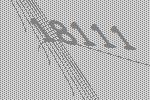
18111